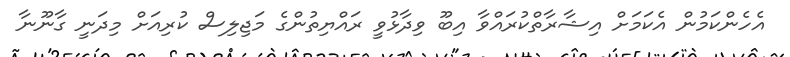
އެހެންކަމުން އެކަމަށް އިޝާރާތްކުރައްވާ އިބޫ ވިދާޅުވީ ރައްޔިތުންގެ މަޖިލިސް ކުރިއަށް މިދަނީ ގާނޫނާ